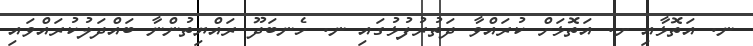
ނ. އަތޮޅާއި ށ. އަތޮޅަށް ކުރައްވާ ދަތުރުފުޅުގައި ނ. ހެނބަދޫ ރައްޔިތުންނާ ބައްދަލުކުރައްވައި